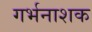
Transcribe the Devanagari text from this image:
गर्भनाशक